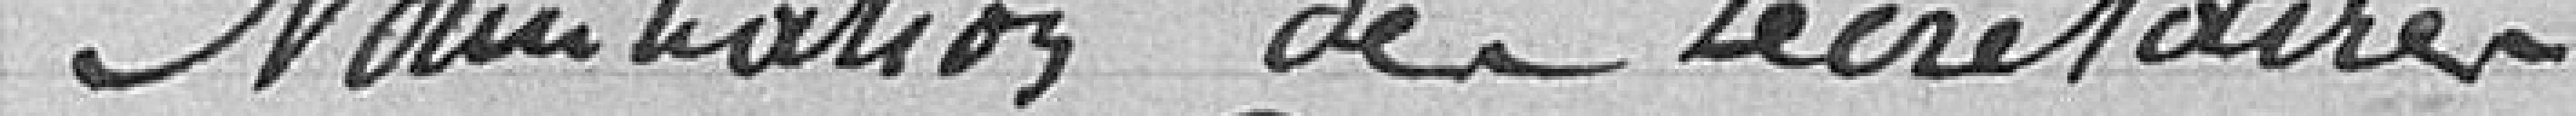
Nomination des secrétaires